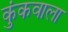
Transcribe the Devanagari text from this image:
कुंकवाला